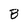
Character: B